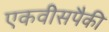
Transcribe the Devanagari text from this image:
एकवीसपैकी